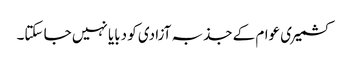
کشمیری عوام کے جذبہ آزادی کو دبایا نہیں جا سکتا۔